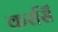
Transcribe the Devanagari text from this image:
करसिँ